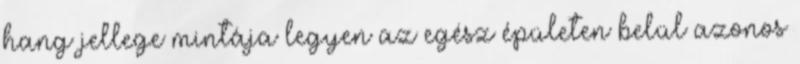
hang jellege mintája legyen az egész épületen belül azonos